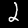
Digit: 2